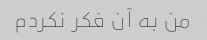
من به آن فکر نکردم